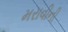
મરાવીની